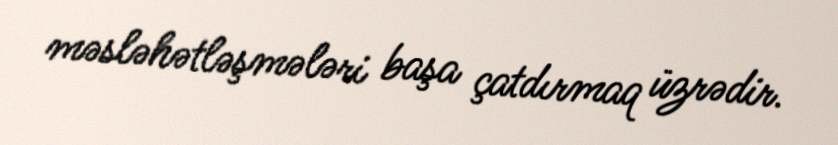
məsləhətləşmələri başa çatdırmaq üzrədir.